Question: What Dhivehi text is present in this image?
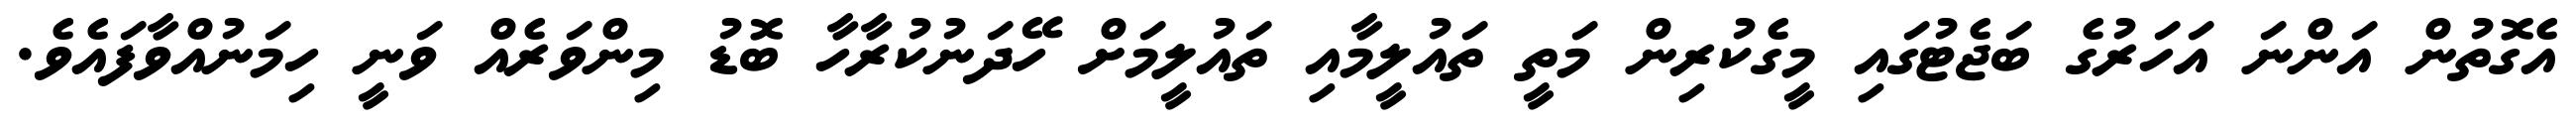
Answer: އެގޮތުން އަންނަ އަހަރުގެ ބަޖެޓުގައި މީގެކުރިން މަތީ ތައުލީމާއި ތައުލީމަށް ހޭދަނުކުރާހާ ބޮޑު މިންވަރެއް ވަނީ ހިމަނުއްވާފައެވެ.